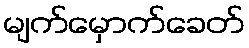
မျက်မှောက်ခေတ်